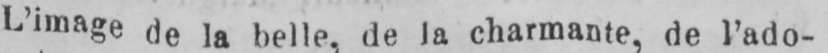
L’image de ja belle, de la charmante, de l’ado-